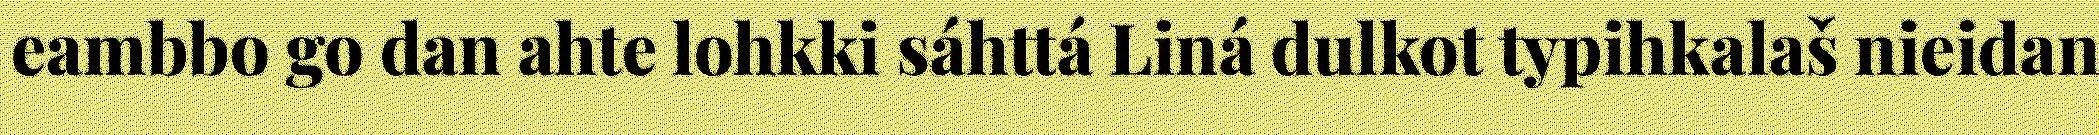
eambbo go dan ahte lohkki sáhttá Liná dulkot typihkalaš nieidan